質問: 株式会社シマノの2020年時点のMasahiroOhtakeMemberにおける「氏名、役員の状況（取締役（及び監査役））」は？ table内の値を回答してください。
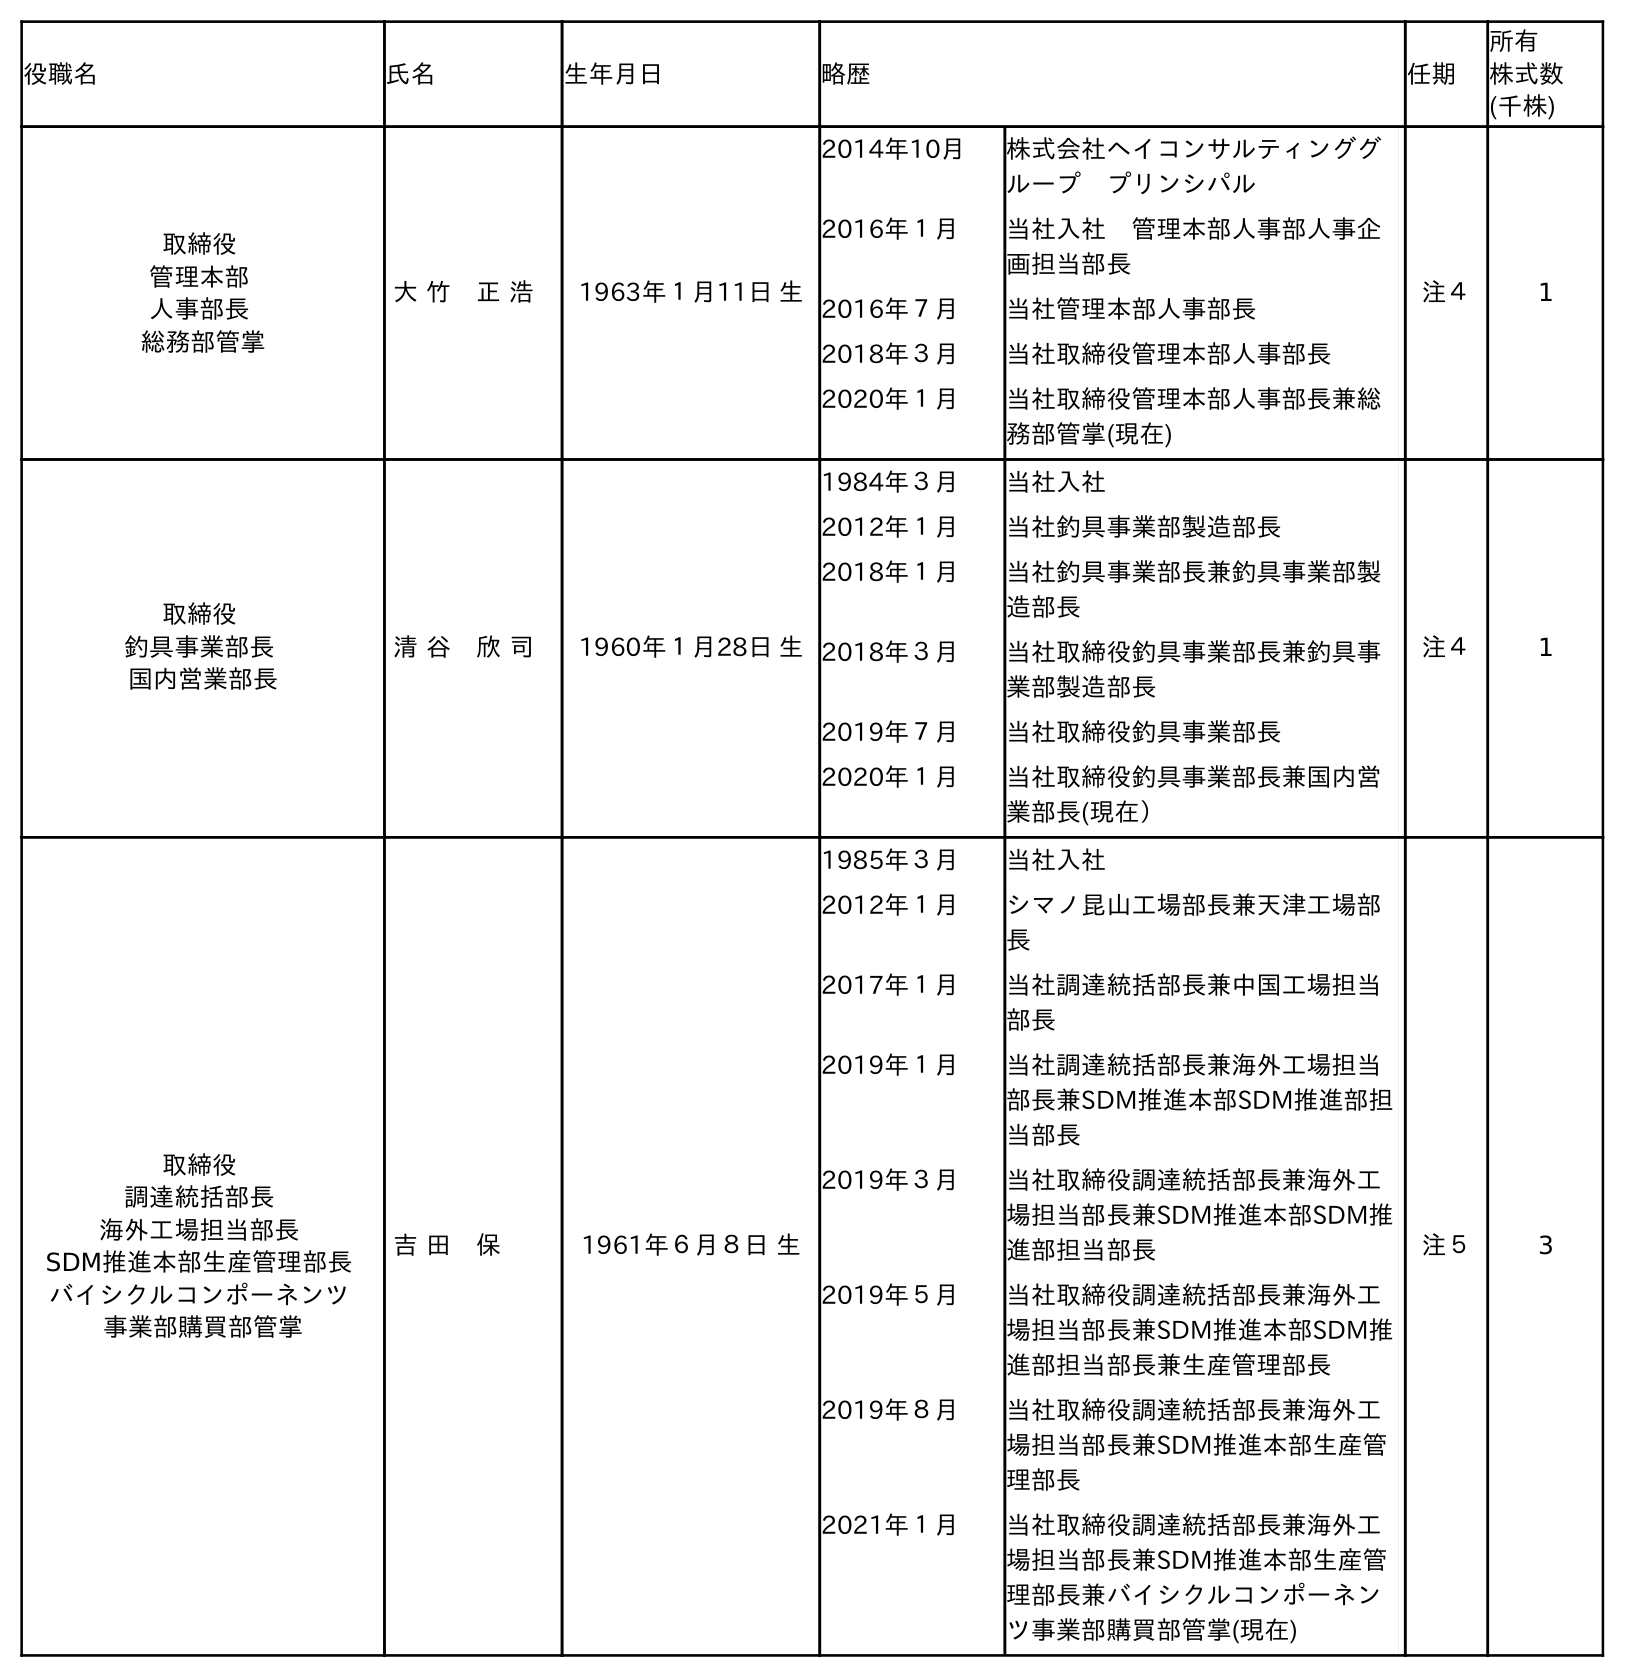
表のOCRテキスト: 役職名 氏名 生年月日 略歴 任期 所有 株式数 (千株) 取締役 管理本部 人事部長 総務部管掌 大 竹 正 浩 1963年１月11日 生 2014年10月 株式会社ヘイコンサルティンググ ループ プリンシパル 2016年１月 当社入社 管理本部人事部人事企 画担当部長 2016年７月 当社管理本部人事部長 2018年３月 当社取締役管理本部人事部長 2020年１月 当社取締役管理本部人事部長兼総 務部管掌(現在) 注４ 1 取締役 釣具事業部長 国内営業部長 清 谷 欣 司 1960年１月28日 生 1984年３月 当社入社 2012年１月 当社釣具事業部製造部長 2018年１月 当社釣具事業部長兼釣具事業部製 造部長 2018年３月 当社取締役釣具事業部長兼釣具事 業部製造部長 2019年７月 当社取締役釣具事業部長 2020年１月 当社取締役釣具事業部長兼国内営 業部長(現在） 注４ 1 取締役 調達統括部長 海外工場担当部長 SDM推進本部生産管理部長 バイシクルコンポーネンツ 事業部購買部管掌 吉 田 保 1961年６月８日 生 1985年３月 当社入社 2012年１月 シマノ昆山工場部長兼天津工場部 長 2017年１月 当社調達統括部長兼中国工場担当 部長 2019年１月 当社調達統括部長兼海外工場担当 部長兼SDM推進本部SDM推進部担 当部長 2019年３月 当社取締役調達統括部長兼海外工 場担当部長兼SDM推進本部SDM推 進部担当部長 2019年５月 当社取締役調達統括部長兼海外工 場担当部長兼SDM推進本部SDM推 進部担当部長兼生産管理部長 2019年８月 当社取締役調達統括部長兼海外工 場担当部長兼SDM推進本部生産管 理部長 2021年１月 当社取締役調達統括部長兼海外工 場担当部長兼SDM推進本部生産管 理部長兼バイシクルコンポーネン ツ事業部購買部管掌(現在) 注５ 3
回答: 大 竹　正 浩